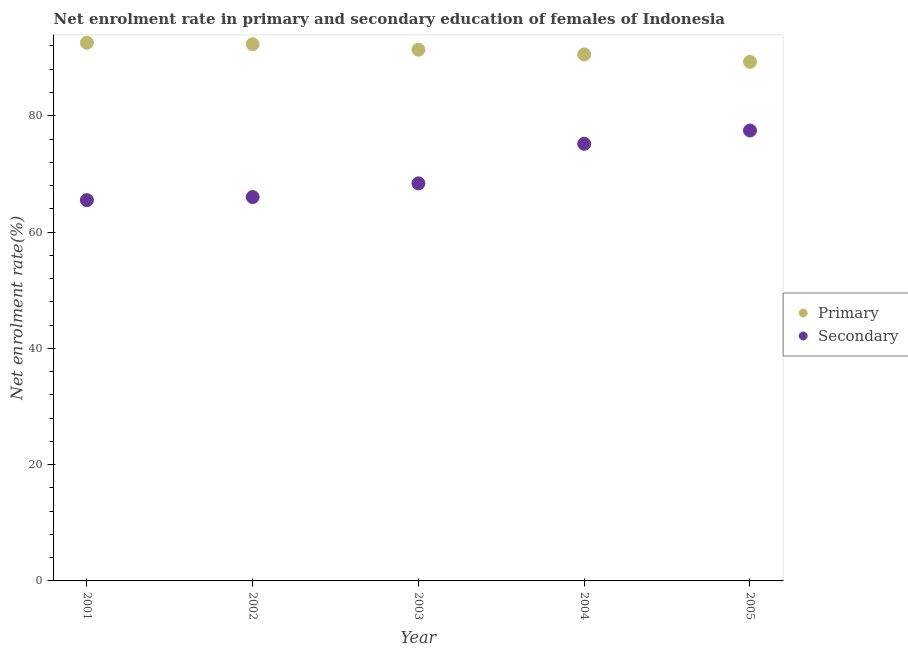
| Year | Primary | Secondary |
 | --- | --- | --- |
 | 2001 | 92.6 | 65.5 |
 | 2002 | 92.3 | 66 |
 | 2003 | 91.4 | 68.4 |
 | 2004 | 90.5 | 75.2 |
 | 2005 | 89.3 | 77.5 |